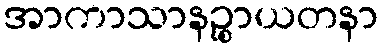
အာကာသာနဉ္စာယတနာ